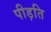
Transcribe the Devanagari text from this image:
पीड़ति